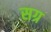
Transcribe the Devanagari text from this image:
सग्र